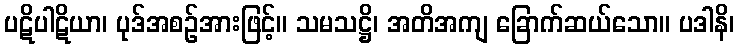
ပဋိပါဋိယာ၊ ပုဒ်အစဉ်အားဖြင့်။ သမသဋ္ဌိ၊ အတိအကျ ခြောက်ဆယ်သော။ ပဒါနိ၊